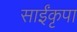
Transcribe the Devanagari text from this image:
साईंकृपा